Report on malaria in the Punjab during the year ...  together with an account of the work of the Punjab Malaria Bureau - Volume 1
Disease focus: Malaria
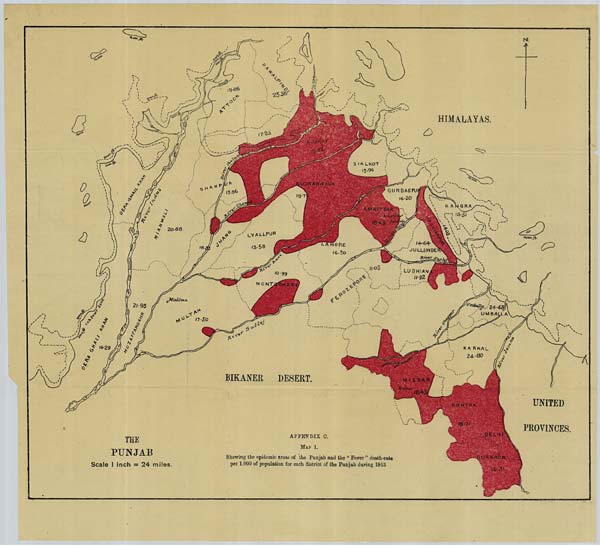
THE
PUNJAB
Scale 1 inch = 24 miles.
APPENDIX C.
MAP 1.
Showing the epidemic areas of the Punjab and the "Fever" death-rate
per 1,000 of population for each district of the Punjab during 1913.